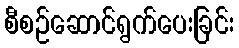
စီစဉ်ဆောင်ရွက်ပေးခြင်း